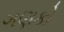
ગણકો